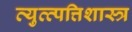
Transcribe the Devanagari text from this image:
व्युत्त्पत्तिशास्त्र